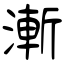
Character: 漸